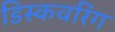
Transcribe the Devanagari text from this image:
डिस्कवरिंग